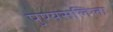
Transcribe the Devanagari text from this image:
पुण्यसलिला